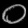
Digit: ၀